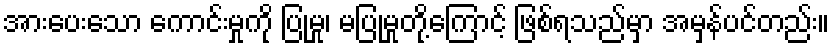
အားပေးသော ကောင်းမှုကို ပြုမှု၊ မပြုမှုတို့ကြောင့် ဖြစ်ရသည်မှာ အမှန်ပင်တည်း။